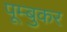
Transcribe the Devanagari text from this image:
पूम्बुकर